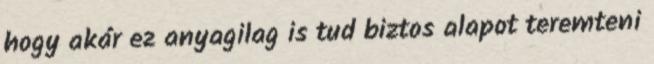
hogy akár ez anyagilag is tud biztos alapot teremteni